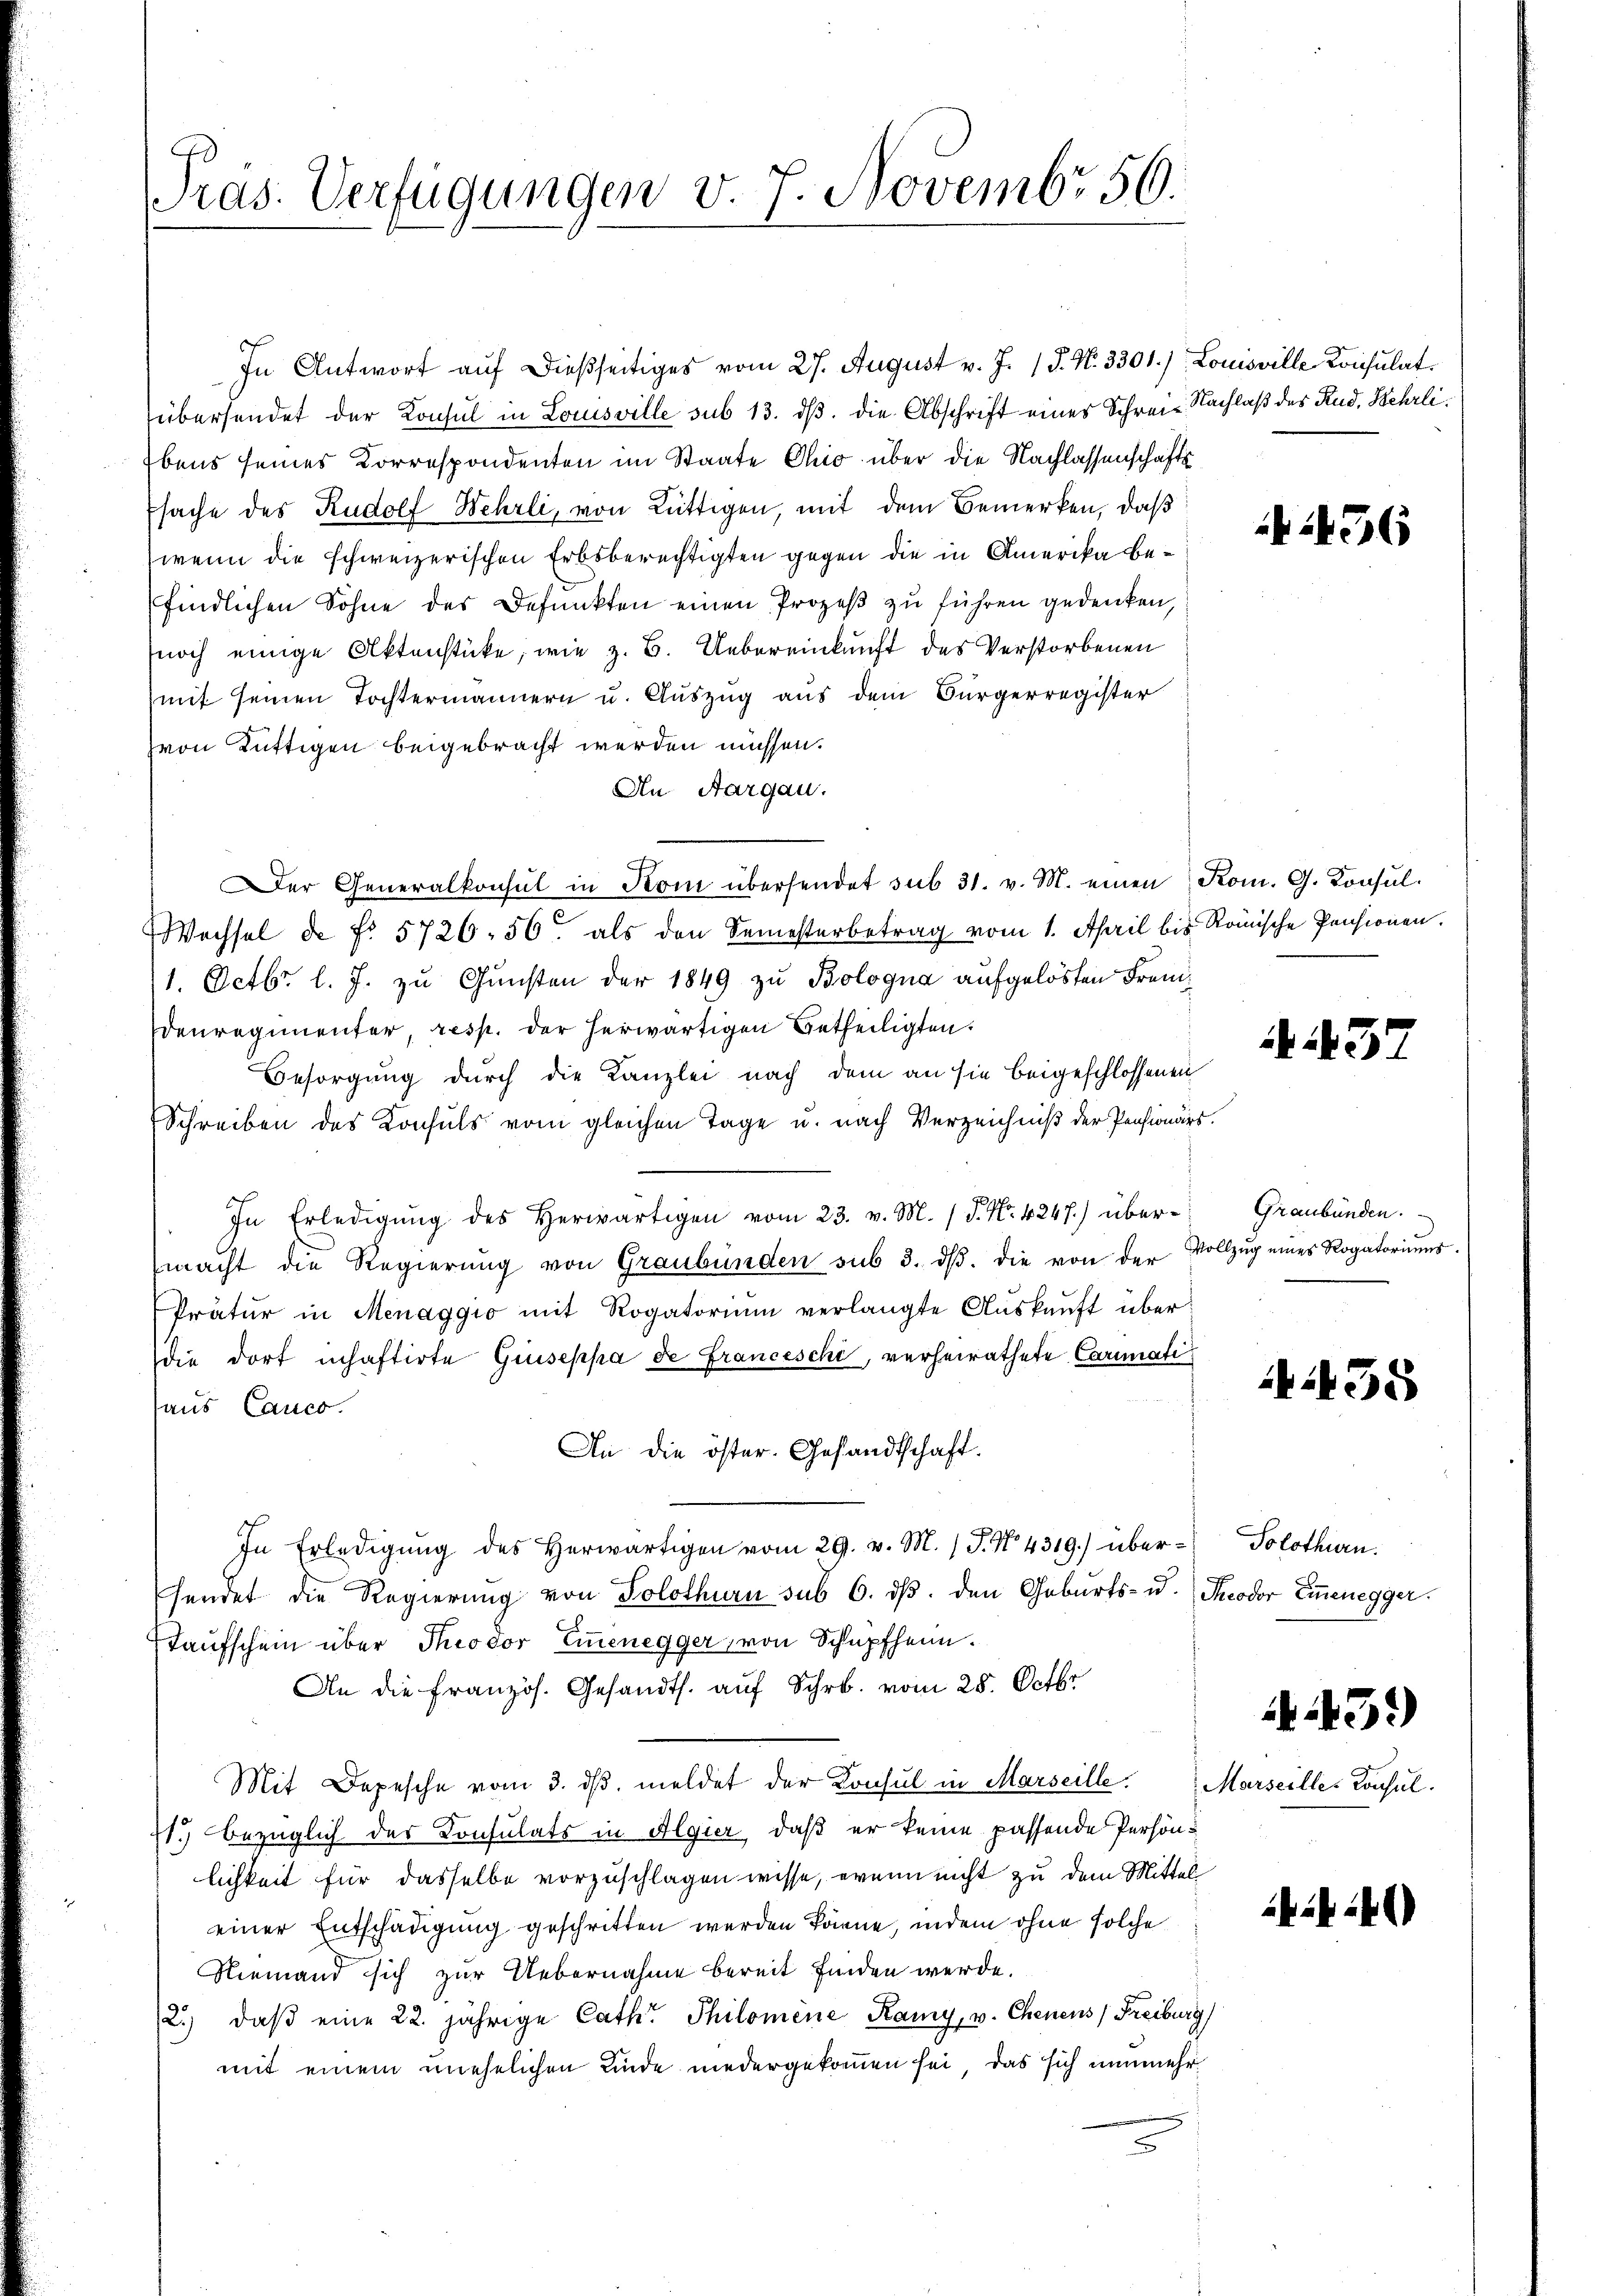
Präs. Verfügungen v. 7. Novembr 50.

In Antwort auf dießseitiges vom 27. August v. J. J. N. 3301.) Louisville Konsulat
übersendet der Konsul in Louisville sub 13. dß. die Abschrift eines Schreie Nachlaß des Rud. Kehrli¬
Ebens seines Korrespondenten im Staate Chio über die Nachlassenschafts
sache des Rudolf Wehrli, von Lüttigen, mit dem Bemerken, daß
wenn die schweizerischen Erbsberechtigten gegen die in Amerika befindlichen Sohne des Befunkten einen Prozeß zu führen gedenken,
noch einige Aktenstücke, wie z. B. Uebereinkunft des Verstorbenen
mit seinen Tochtermännern u. Auszug aus dem Bürgerregister
von Rüttigen beigebracht werden müssen.
An Aargau.
Wechsel de f. 5726. 50. als den Semesterbetrag vom 1. April bis Römische Pensionen.
1. Octbr. l. J. zu Gunsten der 1849 zu Bologna aufgelösten Fremdenregimenter, resp. der herwärtigen betheiligten.
Besorgung durch die Kanzlei nach dem an sie beigeschlossenen
Schreiben des Konsuls vom gleichen Tage u. nach Verzeichniß der Pensionärs.
In Erledigung des Herwärtigen vom 23. v. M. / P. Nr. 4247.) übermacht die Regierŭng von Graubünden sub 3. dβ. die von der Vollzug eines Rogatoriŭms
Prätŭr in Menaggio mit Rogatorium verlangte Aŭskaŭft über
die dort inhaftirte Guiseppa de Franceschi, verheirathete Carimatiaus Cauco.
An die öster. Gesandtschaft.
In Erledigung des herwärtigen vom 29. v. M. (T. No. 4319.) über-Solothurn.
sendet die Regierung von Solothurn sub 6. dβ. den Geburts- u. Theodor Emmenegger.
Taufschein über Theodor Einenegger, von Schüpfheim.
An die Französ. Gesandts. auf Schr. vom 25. Octbr
Mit Depesche vom 3. dβ. meldet der Konsul in Marseille.
71.) bezüglich des Consulats in Algier, daß er keine passende Persönlichkeit für dasselbe vorzuschlagen wisse, wenn nicht zu dem Mittel
einer Entschädigung geschritten werden könne, indem ohne solche
Niemand sich zur Uebernahme bereit finden werde.
2.) daβ eine 22. jährige Cath. Philomene Kamy, v. Chenens Freiburg
mit einem unehelichen Kinde niedergekommen sei, das sich nunmehr

Der Generalkonsul in Kom übersendet sub 31. v. M. einen Rom. G. Konsul¬

2436

A 3

Graubünden.

A438

431)

Marseille. Konsul.

hik i